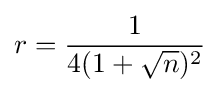
r={\frac {1}{4(1+{\sqrt {n}})^{2}}}